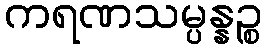
ကရဏသမ္ပန္နဉ္စ